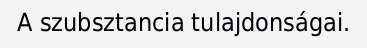
A szubsztancia tulajdonságai.